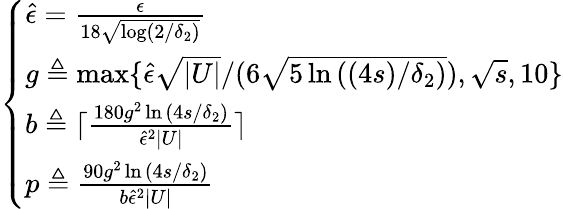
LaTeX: \left\{ \begin{array}{ll}{\hat{\epsilon}=\frac{\epsilon}{18\sqrt{\log(2/\delta_{2})}}}\\ {g\triangleq\operatorname*{max}\{ \hat{\epsilon}\sqrt{|U|}/(6\sqrt{5\ln{((4s)/\delta_{2})}}),\sqrt{s},10\} }\\ {b\triangleq\lceil\frac{180g^{2}\ln{(4s/\delta_{2})}}{\hat{\epsilon}^{2}|U|}\rceil}\\ {p\triangleq\frac{90g^{2}\ln{(4s/\delta_{2})}}{b\hat{\epsilon}^{2}|U|}}\end{array}\right.